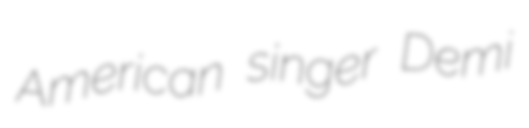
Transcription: American singer Demi